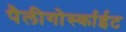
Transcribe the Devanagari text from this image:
पैलीगोर्स्काईट